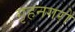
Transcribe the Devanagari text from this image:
गृहनगरों